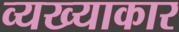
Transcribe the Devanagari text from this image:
व्यख्याकार